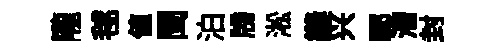
隴毬值閏泊牓淞縫兴鄆漕封